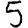
Digit: 5